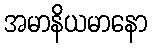
အမာနိယမာနော